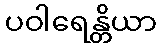
ပဝါရေန္တိယာ